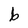
Character: b